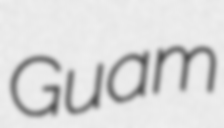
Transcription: Guam